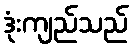
ဒုံးကျည်သည်